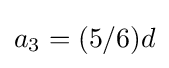
a_{3}=(5/6)d